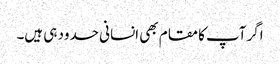
اگر آپ کامقام بھی انسانی حدود ہی ہیں۔